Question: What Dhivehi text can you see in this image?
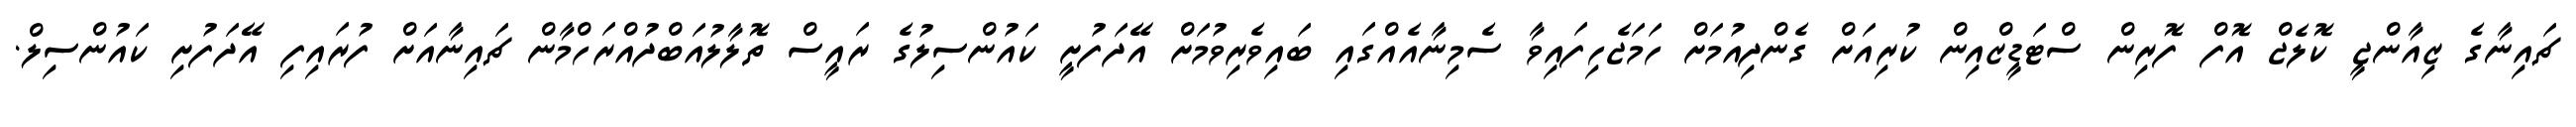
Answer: ޗައިނާގެ ޒިއާންޖީ ކޮލެޖް އޮފް ފޮރިން ސްޓަޑީޒްއިން ކުރިއަށް ގެންދިއުމަށް ހަމަޖެހިފައިވާ ސެމިނާއެއްގައި ބައިވެރިވުމަށް އޭދަފުށީ ކައުންސިލުގެ ރައީސް ތޮލާލުއަބްދުއްރަހްމާން ޗައިނާއަށް ފުރައިފި އޭދަފުށި ކައުންސިލް.